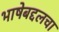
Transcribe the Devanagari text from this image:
भाषेबद्दलचा